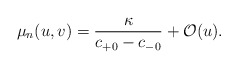
\begin{align*} \mu_n(u,v)=\frac{\kappa}{c_{+0}-c_{-0}}+\mathcal{O}(u).\end{align*}